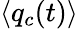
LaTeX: \langle q_{c}(t)\rangle